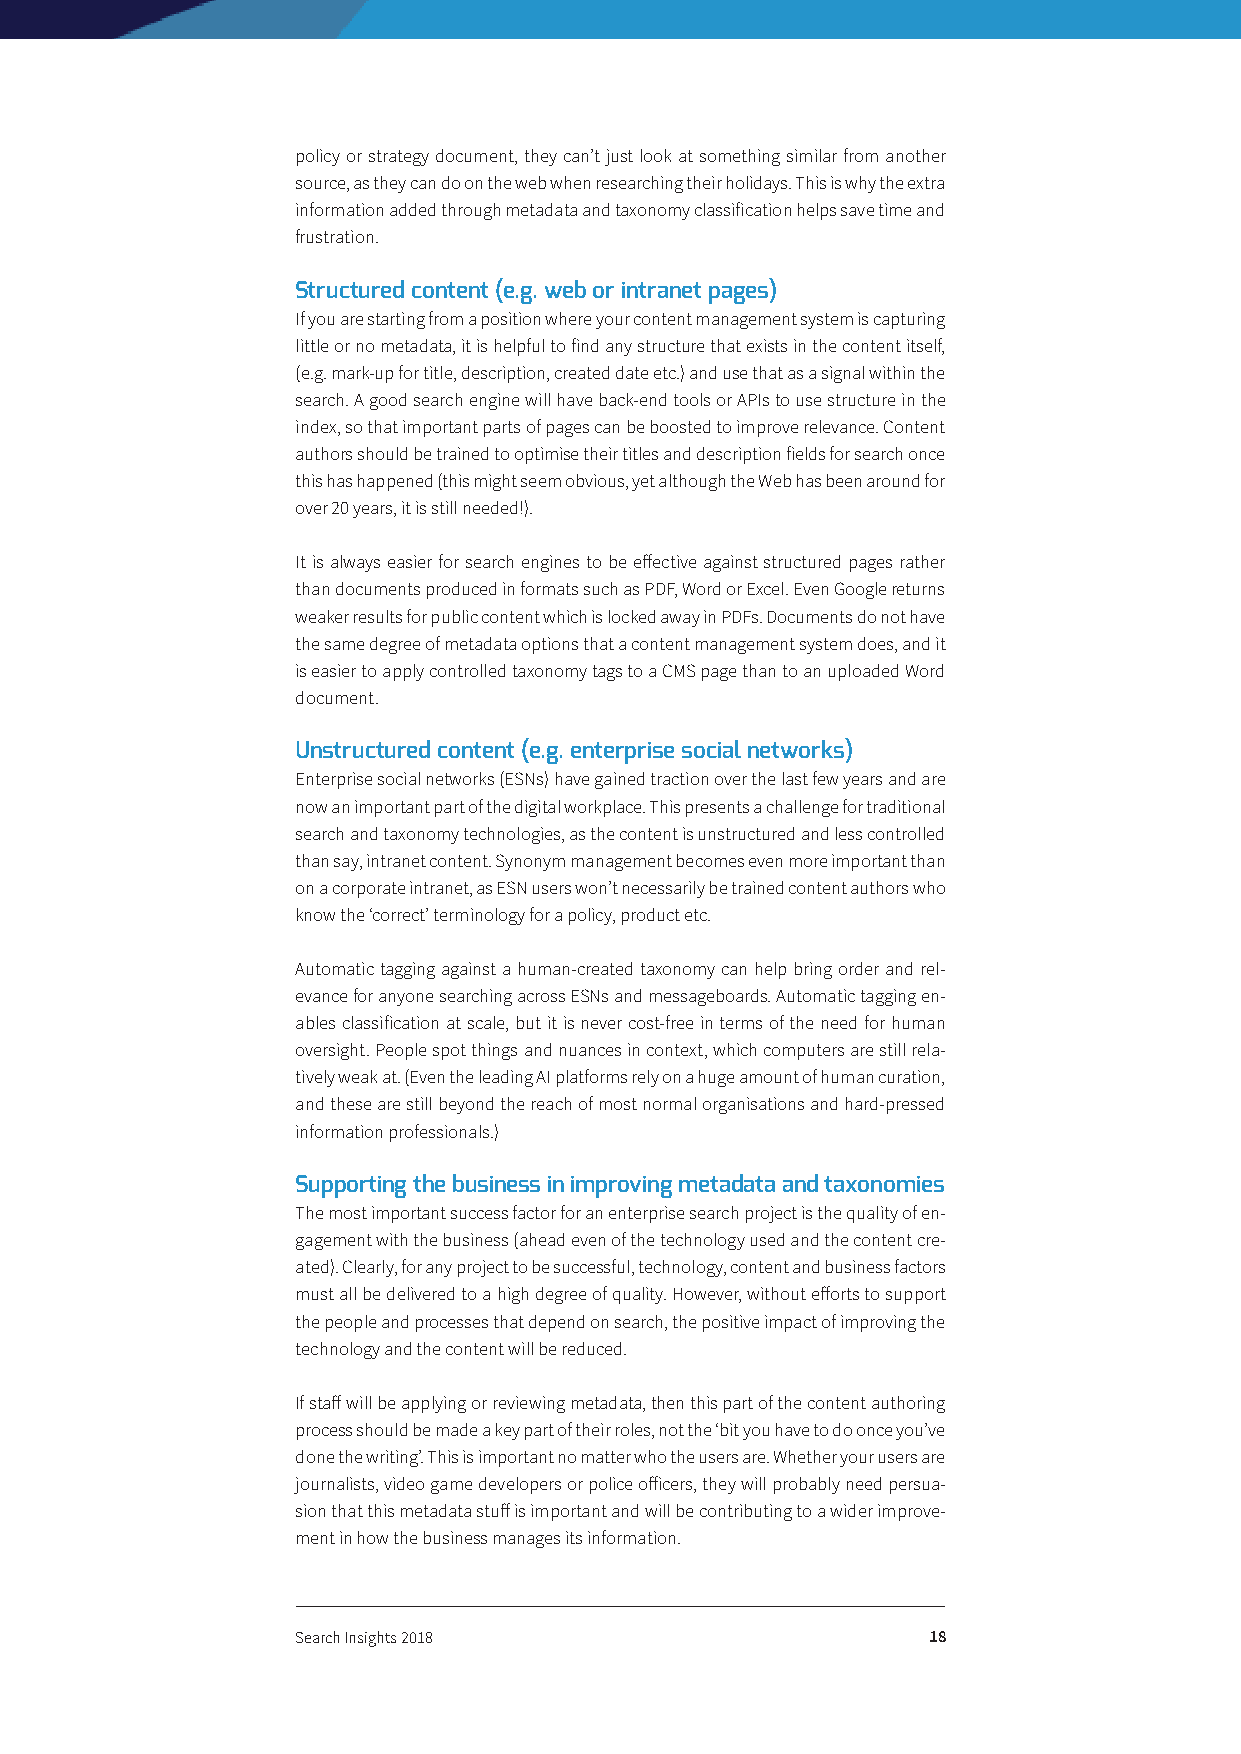
policy or strategy document, they can’t just look at something similar from another
 source, as they can do on the web when researching their holidays. This is why the extra
 information added through metadata and taxonomy classification helps save time and
 frustration.
 Structured content (e.g. web or intranet pages)
 If you are starting from a position where your content management system is capturing
 little or no metadata, it is helpful to find any structure that exists in the content itself,
 (e.g. mark-up for title, description, created date etc.) and use that as a signal within the
 search. A good search engine will have back-end tools or APIs to use structure in the
 index, so that important parts of pages can be boosted to improve relevance. Content
 authors should be trained to optimise their titles and description fields for search once
 this has happened (this might seem obvious, yet although the Web has been around for
 over 20 years, it is still needed!).
 It is always easier for search engines to be effective against structured pages rather
 than documents produced in formats such as PDF, Word or Excel. Even Google returns
 weaker results for public content which is locked away in PDFs. Documents do not have
 the same degree of metadata options that a content management system does, and it
 is easier to apply controlled taxonomy tags to a CMS page than to an uploaded Word
 document.
 Unstructured content (e.g. enterprise social networks)
 Enterprise social networks (ESNs) have gained traction over the last few years and are
 now an important part of the digital workplace. This presents a challenge for traditional
 search and taxonomy technologies, as the content is unstructured and less controlled
 than say, intranet content. Synonym management becomes even more important than
 on a corporate intranet, as ESN users won’t necessarily be trained content authors who
 know the ‘correct’ terminology for a policy, product etc.
 Automatic tagging against a human-created taxonomy can help bring order and rel-
 evance for anyone searching across ESNs and messageboards. Automatic tagging en-
 ables classification at scale, but it is never cost-free in terms of the need for human
 oversight. People spot things and nuances in context, which computers are still rela-
 tively weak at. (Even the leading AI platforms rely on a huge amount of human curation,
 and these are still beyond the reach of most normal organisations and hard-pressed
 information professionals.)
 Supporting the business in improving metadata and taxonomies
 The most important success factor for an enterprise search project is the quality of en-
 gagement with the business (ahead even of the technology used and the content cre-
 ated). Clearly, for any project to be successful, technology, content and business factors
 must all be delivered to a high degree of quality. However, without efforts to support
 the people and processes that depend on search, the positive impact of improving the
 technology and the content will be reduced.
 If staff will be applying or reviewing metadata, then this part of the content authoring
 process should be made a key part of their roles, not the ‘bit you have to do once you’ve
 done the writing’. This is important no matter who the users are. Whether your users are
 journalists, video game developers or police officers, they will probably need persua-
 sion that this metadata stuff is important and will be contributing to a wider improve-
 ment in how the business manages its information.
 Search Insights 2018                     18